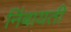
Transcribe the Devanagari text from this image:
निंबायती